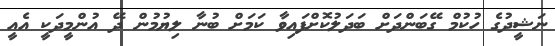
ނަޝީދުގެ ހުކުމް ގޭބަންދަށް ބަދަލުކޮށްފައިވާ ކަމަށް ބުނާ ލިޔުމުން ދޭ އުންމީދަކީ އެއީ